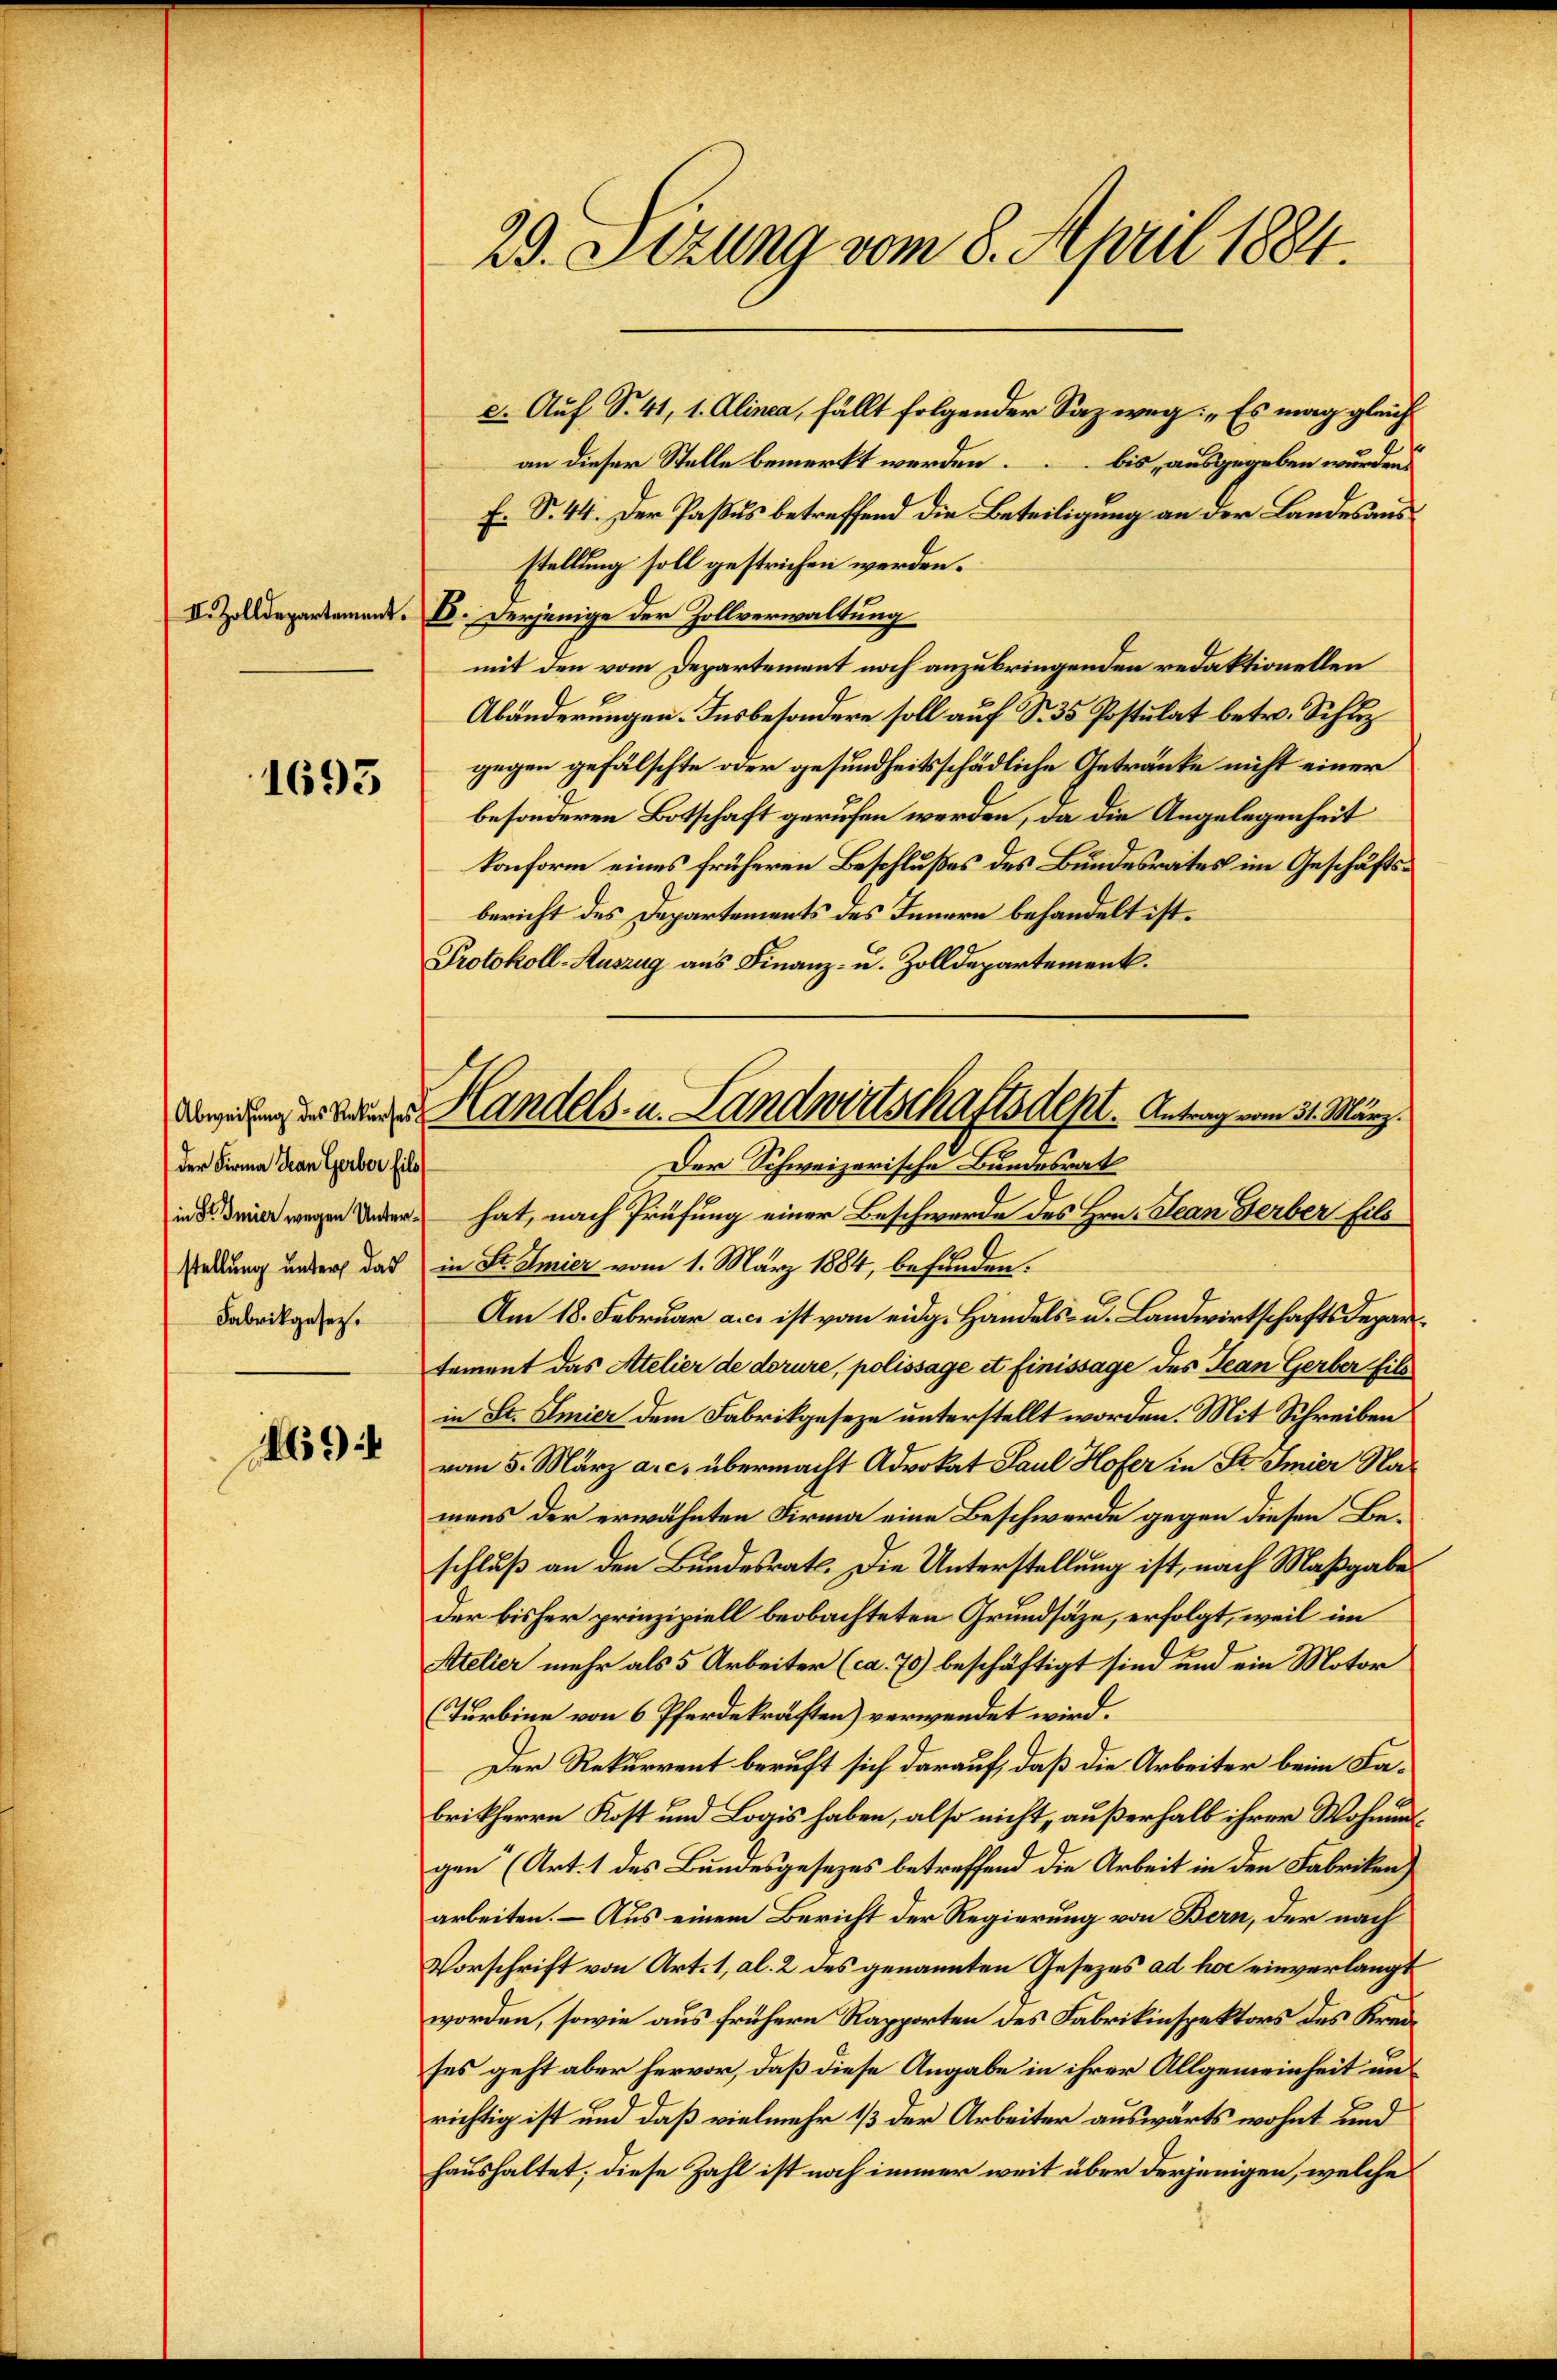
II. Zolldepartement.

1693

der Firma Jean Gerber fils
in Sr Smier wegen Unter¬
Fabrikgesetz.

694

e. Auf S. 41, 1. Alinea, fällt folgender Sazweg: „Es mag gleich
an dieser Stelle bemerkt werden bis, ausgegeben wurden
F. S. 44. Der Passus betreffend die Beteiligung an der Landesausstellung soll gestrichen werden.
E. Derjenige der Zollverwaltung
mit den vom Departement noch anzubringenden redaktionellen
.
Abänderungen. Insbesondere soll auf S. 35 Postulat betr. Schuz
gegen gefälschte oder gesundheitsschädliche Getränke nicht einer
besonderen Botschaft gerufen werden, da die Angelegenheit
konform eines früheren Beschlußes des Bundesrates im Geschäftsbericht des Departements des Innern behandelt ist.
Protokoll-Auszug aus Finanz- u. Zolldepartement.
hat, nach Prüfung einer Beschwerde des Hrn. Jean Gerber Eils
sallung unders das in St. Amier vom 1. März 1884, befunden.
Am 18. Februar a. c. ist vom eidg. Handels- u. Landwirtschaftsdepar
tement das Atelier de dorure, polissage et finissage des Jean Gerber fils
in St. Amier dem Fabrikgeseze unterstellt worden. Mit Schreiben
vom 5. März a. c. übermacht Advokat Paul Hofer in St. Imier Namens der erwähnten Firma eine Beschwerde gegen diesen Beschluß an den Bundesrath. Die Unterstellung ist, nach Maßgabe
der bisher prinzipiell beobachteten Grundsätze, erfolgt, weil im
Atelier mehr als 5 Arbeiter (ca. 70) beschäftigt sind und ein Motor
Turbine von 6 Pferdekräften) verwendet wird.
Der Rekurrent beruft sich darauf, daß die Arbeiter beim Fabrikherrn Kost und Logis haben, also nicht, außerhalb ihrer Wohnungen (Art. 1 des Bundesgesezes betreffend die Arbeit in den Fabriken
arbeiten. – Aus einem Bericht der Regierung von Bern, der nach
Vorschrift von Art. 1, al. 2 des genannten Gesezes ad hoc einverlangt
worden, sowie aus frühern Rapporten des Fabrikinspektors des Kreises geht aber hervor, daß diese Angabe in ihrer Allgemeinheit un
richtig ist und daß vielmehr 13 der Arbeiter auswärts wohnt und
haushaltet; diese Zahl ist noch immer weit über derjenigen, welche

23. Sezung vom 8. April 1884.

Degenen er der Handels- u. Landwirtschaftsdest. Antrag vom 31. März.
Der Schweizerische Bundesrat